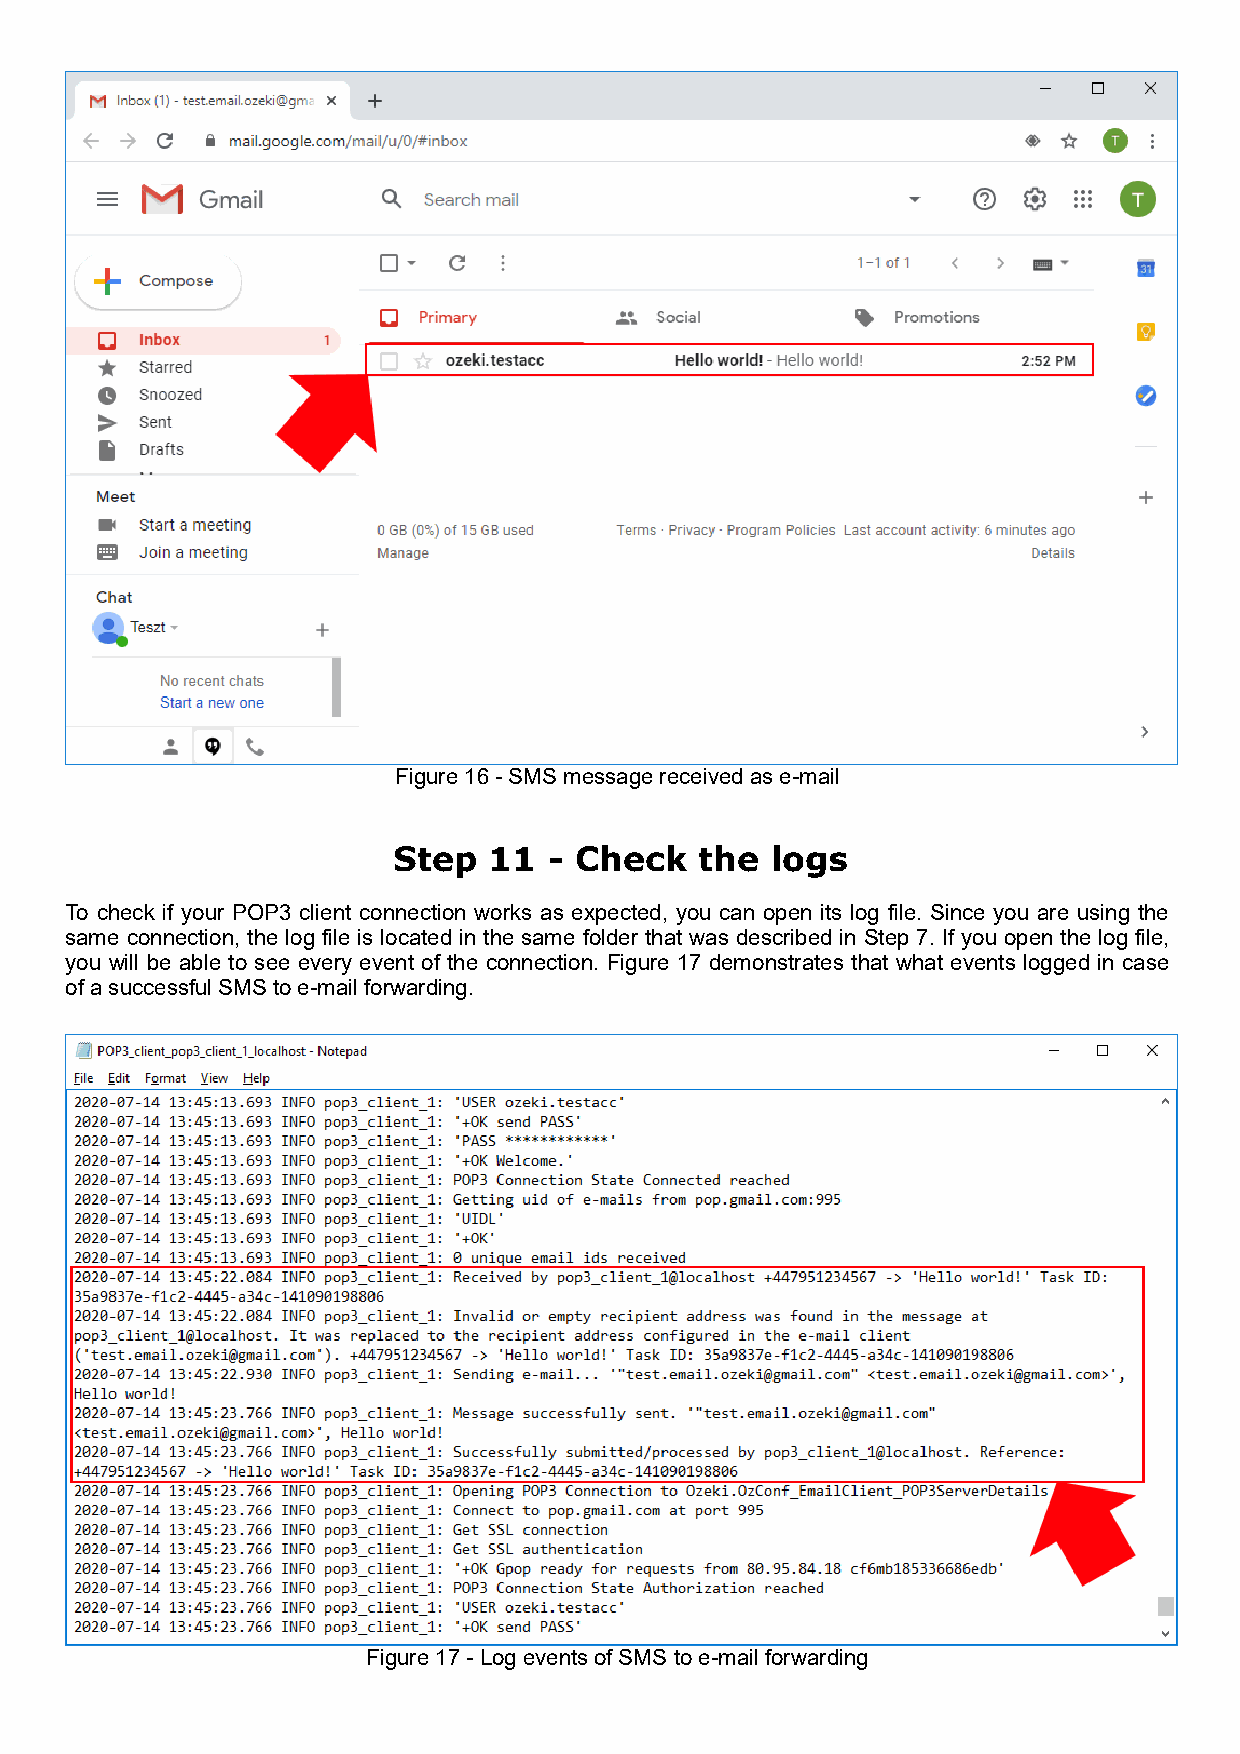
Figure 16 - SMS message received as e-mail
 Step  11  - Check   the  logs
 To check if your POP3 client connection works as expected, you can open its log file. Since you are using the
 same connection, the log file is located in the same folder that was described in Step 7. If you open the log file,
 you will be able to see every event of the connection. Figure 17 demonstrates that what events logged in case
 of a successful SMS to e-mail forwarding.
 Figure 17 - Log events of SMS to e-mail forwarding